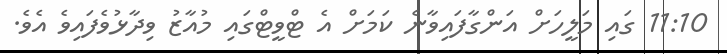
11:10 ގައި މަލީހަށް އަންގާފައިވާނެ ކަމަށް އެ ޓްވީޓްގައި މުއާޒު ވިދާޅުވެފައިވެ އެވެ.